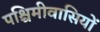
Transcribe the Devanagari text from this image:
पश्चिमीवासियों